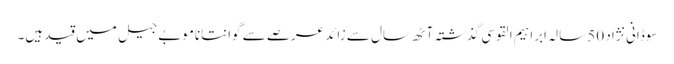
سوڈانی نژاد 50 سالہ ابراہیم القوسی گذشتہ آٹھ سال سے زائد عرصے سے گوانتاناموبے جیل میں قید ہیں۔